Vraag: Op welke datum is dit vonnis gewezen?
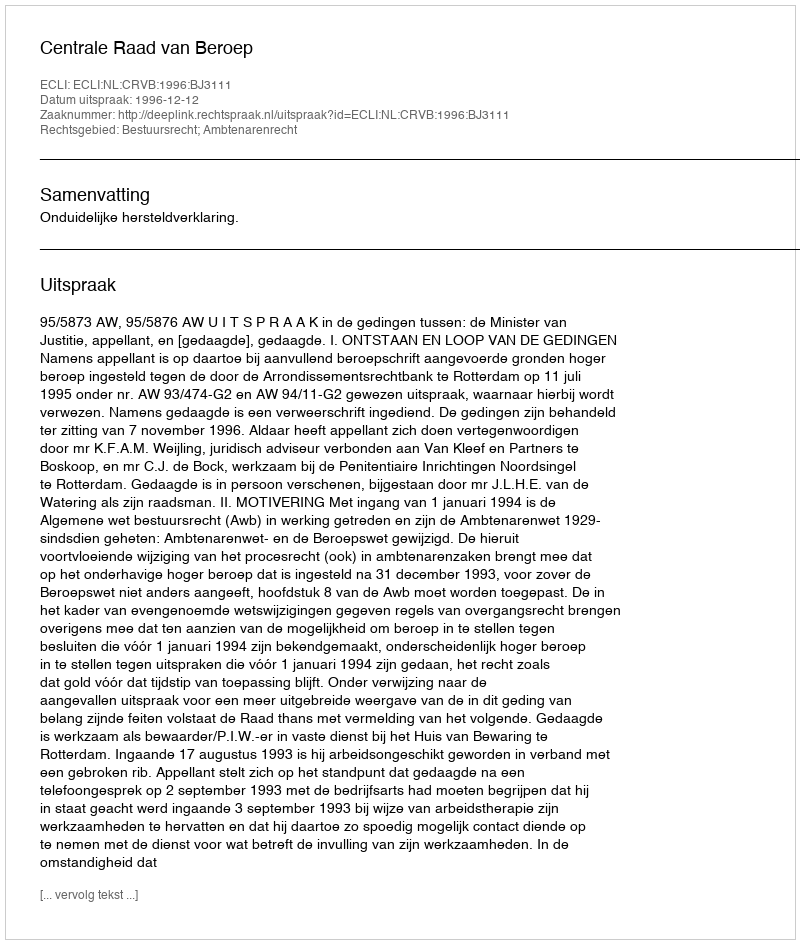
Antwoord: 1996-12-12